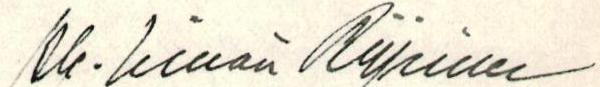
Ale-Einari Riipinen